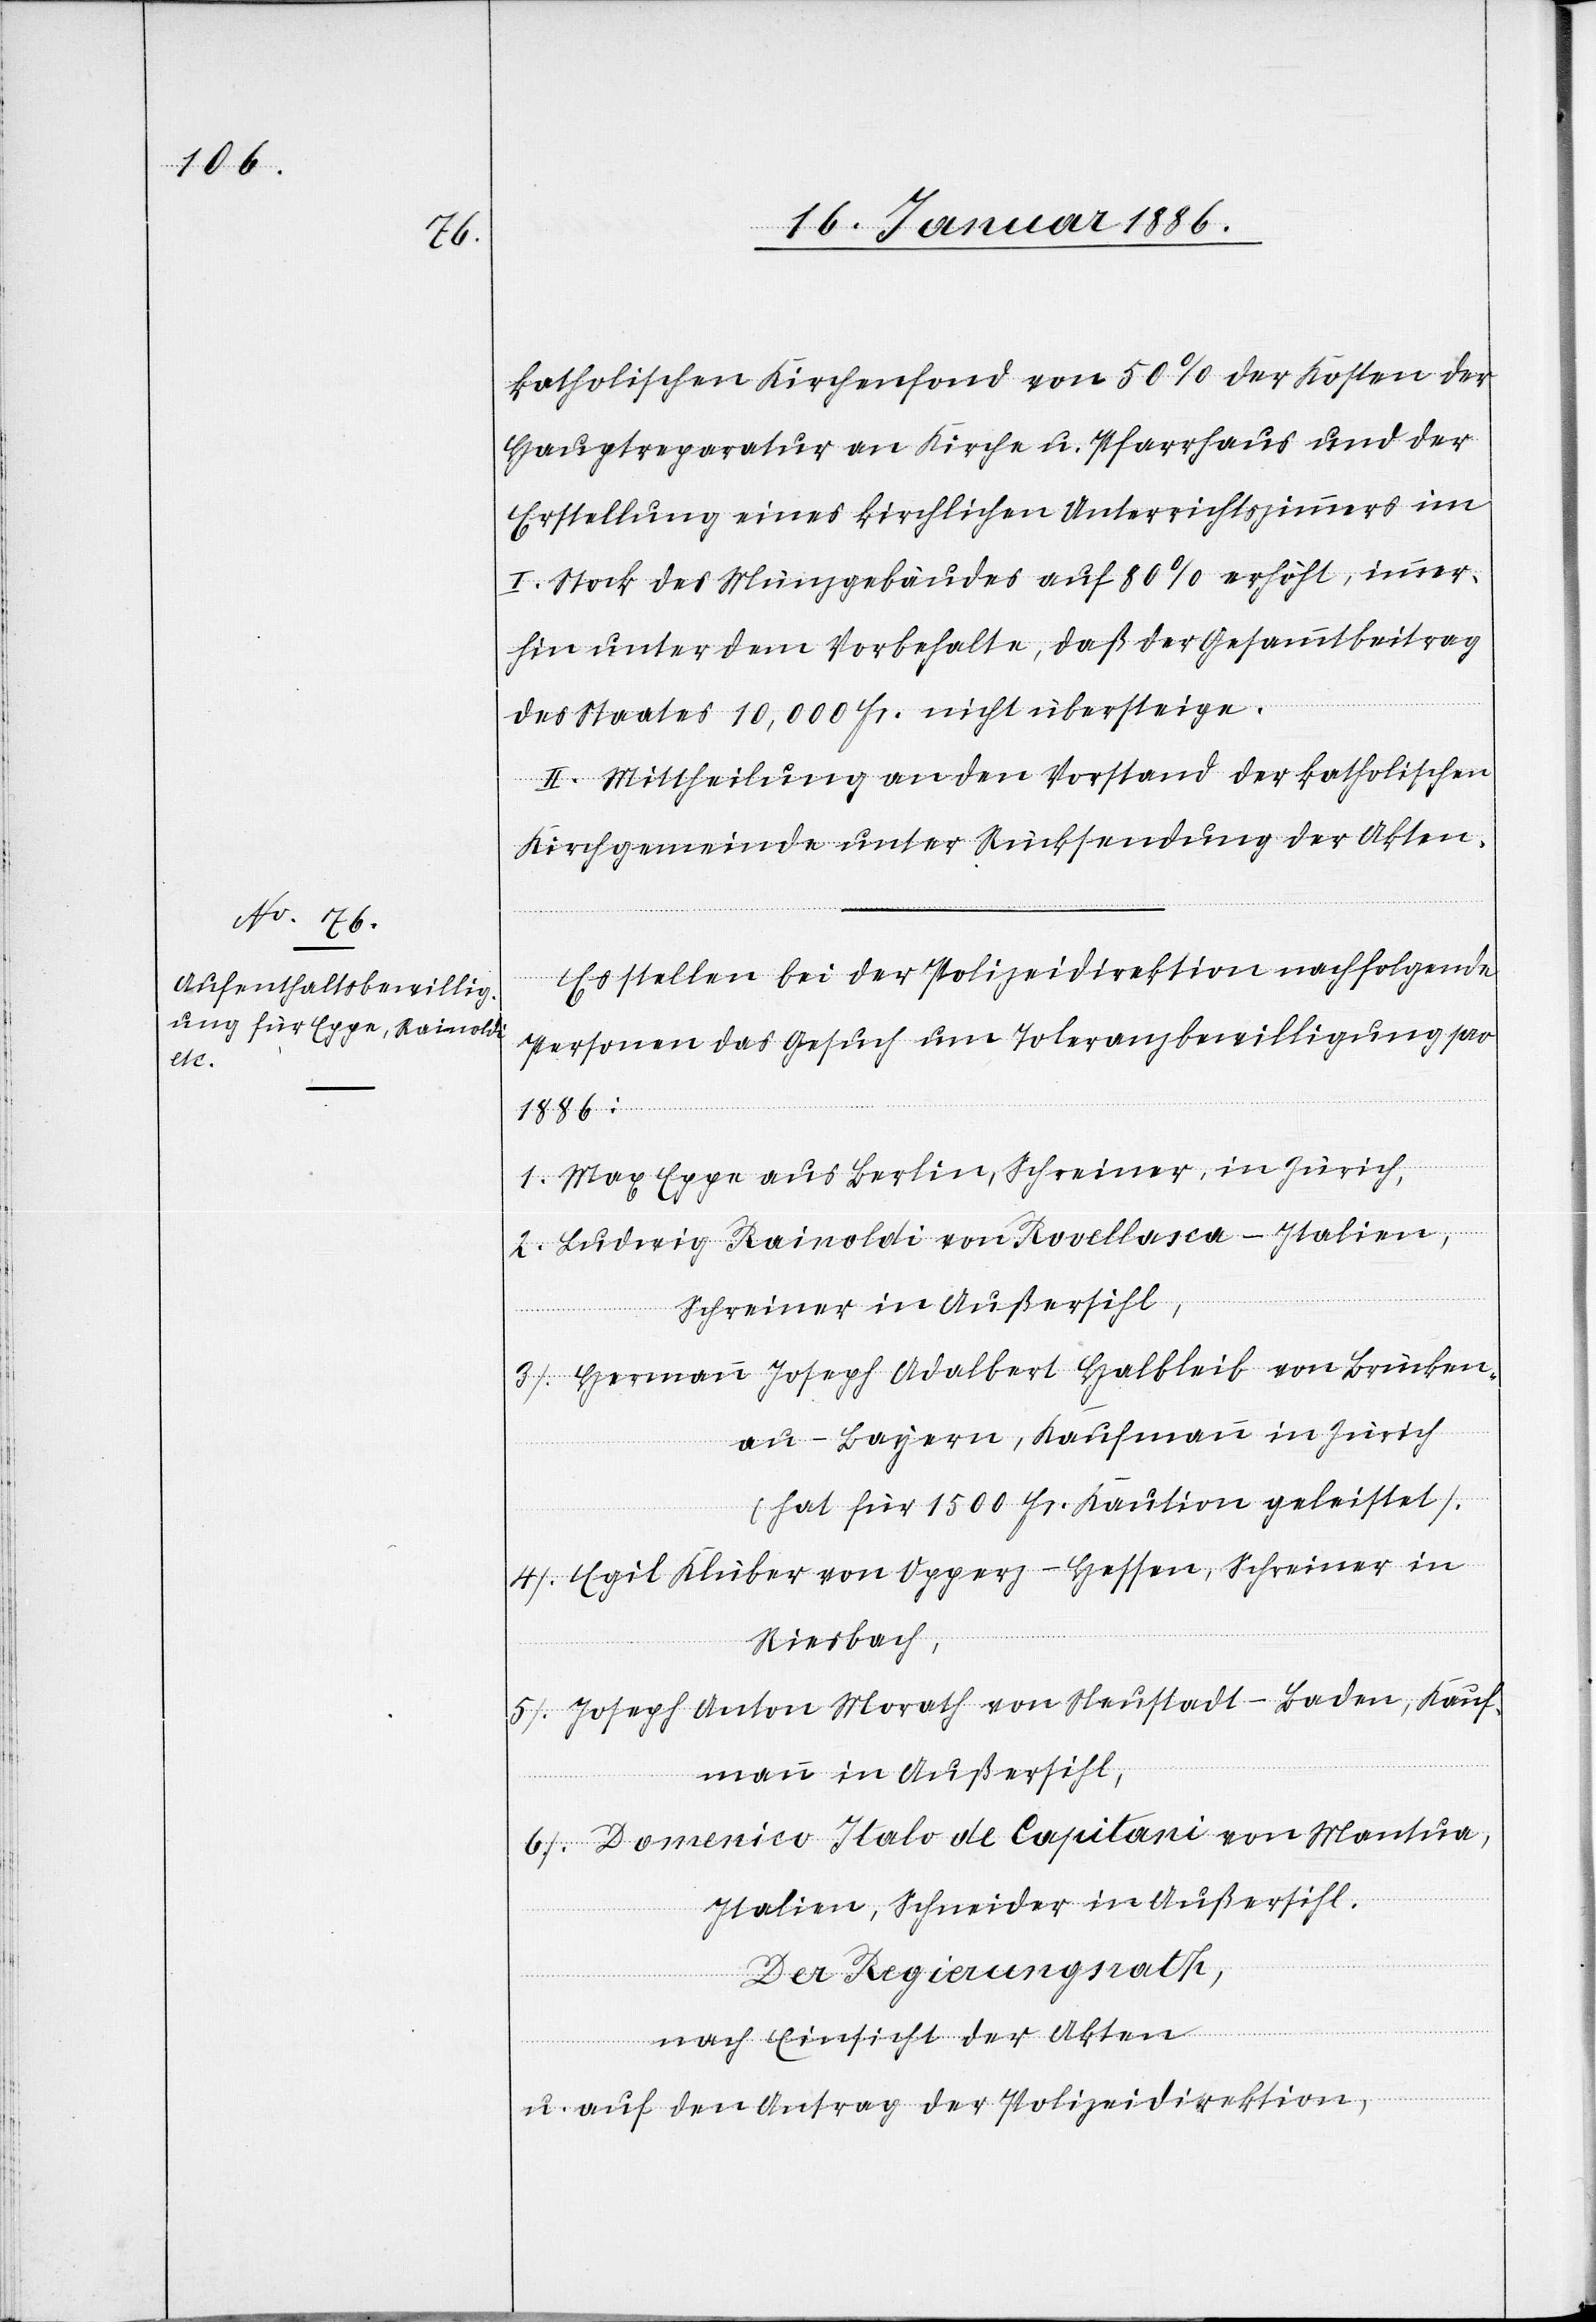
katholischen Kirchenfond von 50% der Kosten der
Hauptreparatur an Kirche u. Pfarrhaus und der
Erstellung eines kirchlichen Unterrichtszimmers im
I. Stock des Münzgebäudes auf 80% erhöht, immer¬
hin unter dem Vorbehalte, daß der Gesammtbeitrag
des Staates 10,000 Fr. nicht übersteige.
II. Mittheilung an den Vorstand der katholischen
Kirchgemeinde unter Rücksendung der Akten.
Es stellen bei der Polizeidirektion nachfolgende
Personen das Gesuch um Toleranzbewilligung pro
1886:
1. Max Egge aus Berlin, Schreiner, in Zürich,
2. Ludwig Rainoldi von Rovellasca - Italien,
Schreiner in Außersihl,
3. Hermann Joseph Adalbert Halbleib von Brücken¬
au - Bayer, Kaufmann in Zürich
(hat für 1500 Fr. Kaution gleistet).
4. Egil Klüber von Opprez - Hessen, Schreiner in
Riesbach,
5. Joseph Anton Morath von Neustadt - Baden, Kauf¬
mann in Außersihl,
6. Domenico Italo de Capitani von Mantua,
Italien, Schneider in Außersihl.
Der Regierungsrath,
nach Einsicht der Akten
u. auf den Antrag der Polizeidirektion,